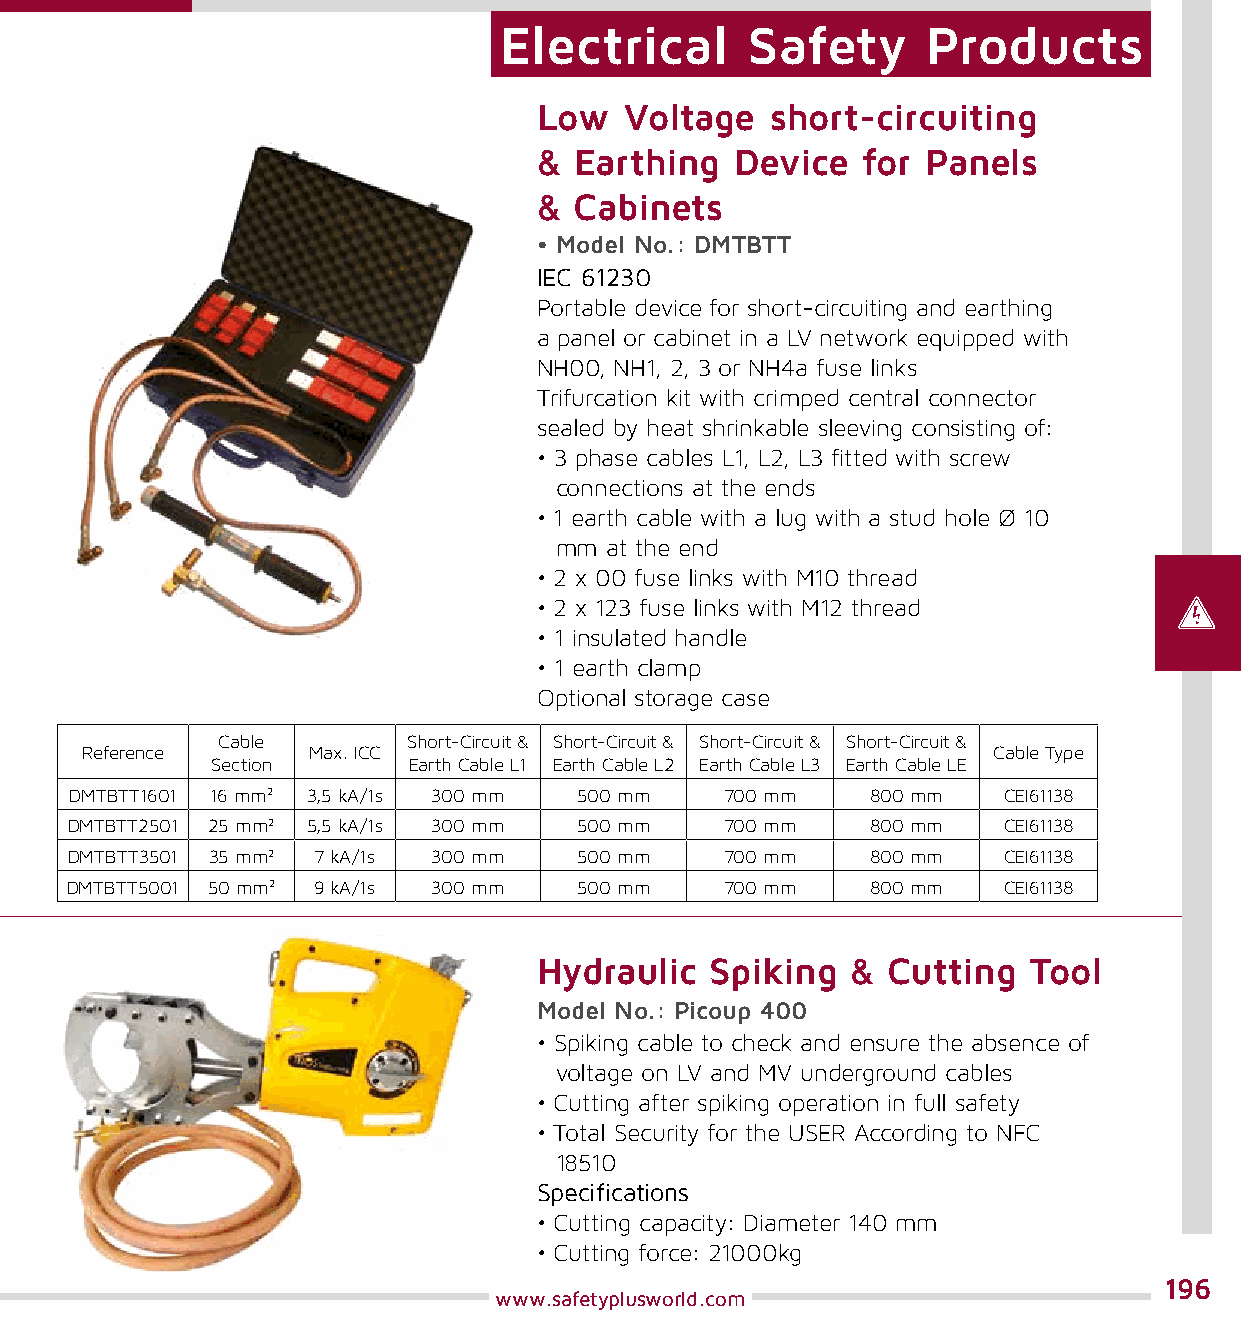
Electrical      Safety      Products
 Low  Voltage   short-circuiting
 & Earthing   Device  for Panels
 & Cabinets
 • Model No.: DMTBTT
 IEC 61230
 Portable device for short-circuiting and earthing
 a panel or cabinet in a LV network equipped with
 NH00, NH1, 2, 3 or NH4a fuse links
 Trifurcation kit with crimped central connector
 sealed by heat shrinkable sleeving consisting of:
 • 3 phase cables L1, L2, L3 fitted with screw
 connections at the ends
 • 1 earth cable with a lug with a stud hole Ø 10
 mm at the end
 • 2 x 00 fuse links with M10 thread
 • 2 x 123 fuse links with M12 thread
 • 1 insulated handle
 • 1 earth clamp
 Optional storage case
 Cable        Short-Circuit & Short-Circuit & Short-Circuit & Short-Circuit &
 Reference      Max. ICC                                      Cable Type
 Section      Earth Cable L1 Earth Cable L2 Earth Cable L3 Earth Cable LE
 DMTBTT1601 16 mm2 3,5 kA/1s 300 mm 500 mm  700 mm    800 mm  CEI61138
 DMTBTT2501 25 mm2 5,5 kA/1s 300 mm 500 mm   700 mm    800 mm  CEI61138
 DMTBTT3501 35 mm2 7 kA/1s 300 mm  500 mm    700 mm    800 mm  CEI61138
 DMTBTT5001 50 mm2 9 kA/1s 300 mm  500 mm    700 mm    800 mm  CEI61138
 Hydraulic  Spiking  &  Cutting  Tool
 Model No.: Picoup 400
 • Spiking cable to check and ensure the absence of
 voltage on LV and MV underground cables
 • Cutting after spiking operation in full safety
 • Total Security for the USER According to NFC
 18510
 Specifications
 • Cutting capacity: Diameter 140 mm
 • Cutting force: 21000kg
 196
 www.safetyplusworld.com